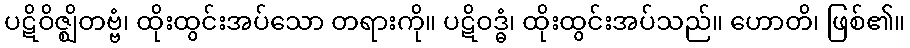
ပဋိဝိဇ္ဈိတဗ္ဗံ၊ ထိုးထွင်းအပ်သော တရားကို။ ပဋိဝဒ္ဓံ၊ ထိုးထွင်းအပ်သည်။ ဟောတိ၊ ဖြစ်၏။